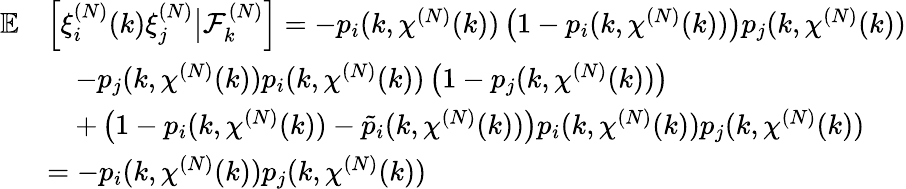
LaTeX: \begin{array}{rl}{\mathbb{E}}&{\left[\xi_{i}^{(N)}(k)\xi_{j}^{(N)}\big|\mathcal{F}_{k}^{(N)}\right]=-p_{i}(k,\chi^{(N)}(k))\left(1-p_{i}(k,\chi^{(N)}(k))\right)p_{j}(k,\chi^{(N)}(k))}\\ &{\quad-p_{j}(k,\chi^{(N)}(k))p_{i}(k,\chi^{(N)}(k))\left(1-p_{j}(k,\chi^{(N)}(k))\right)}\\ &{\quad+\left(1-p_{i}(k,\chi^{(N)}(k))-\tilde{p}_{i}(k,\chi^{(N)}(k))\right)p_{i}(k,\chi^{(N)}(k))p_{j}(k,\chi^{(N)}(k))}\\ &{=-p_{i}(k,\chi^{(N)}(k))p_{j}(k,\chi^{(N)}(k))}\end{array}